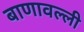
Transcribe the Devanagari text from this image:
बाणावल्ली